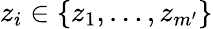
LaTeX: z_{i}\in\{ z_{1},\dots,z_{m^{\prime}}\}